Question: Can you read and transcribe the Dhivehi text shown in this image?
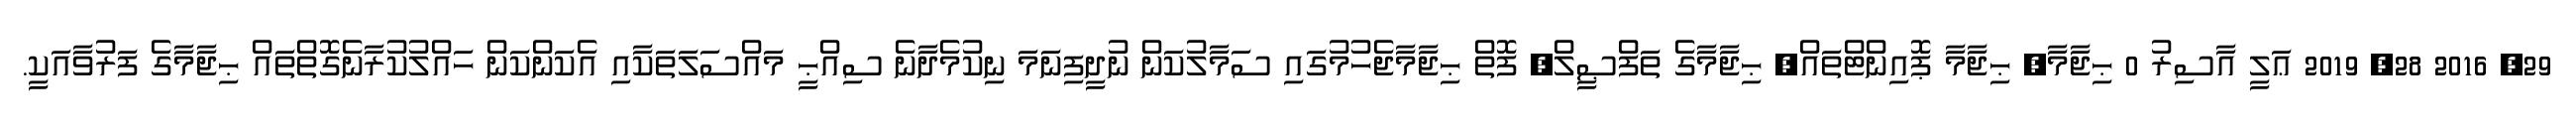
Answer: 29, 2016 28, 2019 ޢަލީ އާސިރު 0 ޙިޖާމާ, ޙިޖާމާ ޕޮއިންޓްތައް, ޙިޖާމާގެ ތަފްޞީލް, ފޮތް ޙިޖާމާޖެހުމުގައި ސަމާލުކަން ނުދީފިނަމަ ނިކުމެދާނެ ސިއްޙީ މައްސަލަތަކާއި އެކަންކަން ހައްލުކުރާނެގޮތްތައް ޙިޖާމާގެ ފަރުވާއަކީ.